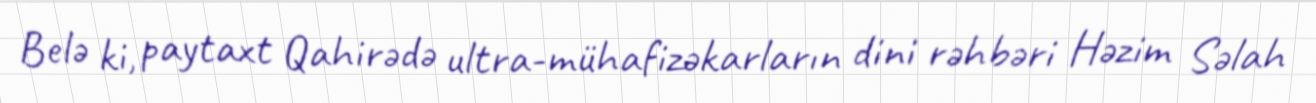
Belə ki, paytaxt Qahirədə ultra-mühafizəkarların dini rəhbəri Həzim Səlah